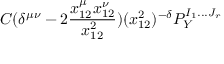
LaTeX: C ( \delta ^ { \mu \nu } - 2 \frac { x _ { 1 2 } ^ { \mu } x _ { 1 2 } ^ { \nu } } { x _ { 1 2 } ^ { 2 } } ) ( x _ { 1 2 } ^ { 2 } ) ^ { - \delta } P _ { Y } ^ { I _ { 1 } . . . J _ { r } }